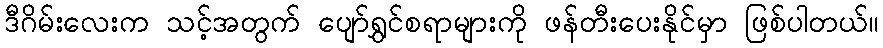
ဒီဂိမ်းလေးက သင့်အတွက် ပျော်ရွှင်စရာများကို ဖန်တီးပေးနိုင်မှာ ဖြစ်ပါတယ်။